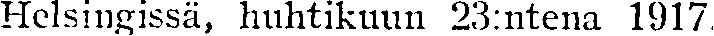
Helsingissä, huhtikuun 23:ntena 1917.